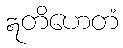
ဣတိဟေတံ